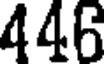
446